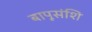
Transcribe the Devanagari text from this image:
बापूसंशि